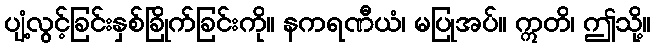
ပျံ့လွင့်ခြင်းနှစ်ခြိုက်ခြင်းကို။ နကရဏီယံ၊ မပြုအပ်။ ဣတိ၊ ဤသို့။